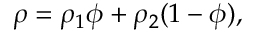
\rho = \rho _ { 1 } \phi + \rho _ { 2 } ( 1 - \phi ) ,